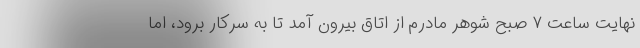
نهایت ساعت ۷ صبح شوهر مادرم از اتاق بیرون آمد تا به سرکار برود، اما